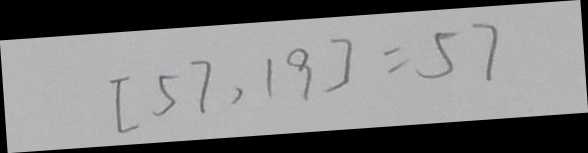
[ 5 7 , 1 9 ] = 5 7